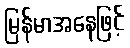
မြန်မာအနေဖြင့်